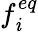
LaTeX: {f_{\mathit{i}}^{eq}}